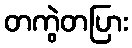
တကွဲတပြား